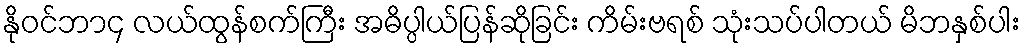
နိုဝင်ဘာ၄ လယ်ထွန်စက်ကြီး အဓိပ္ပါယ်ပြန်ဆိုခြင်း ကိမ်းဗရစ် သုံးသပ်ပါတယ် မိဘနှစ်ပါး